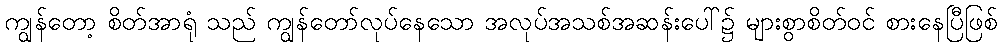
ကျွန်တော့ စိတ်အာရုံ သည် ကျွန်တော်လုပ်နေသော အလုပ်အသစ်အဆန်းပေါ်၌ များစွာစိတ်ဝင် စားနေပြီဖြစ်